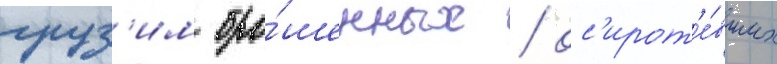
груз'им бро́шенных / ос'ирот'е́вших